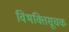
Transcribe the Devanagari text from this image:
विभक्तिसूचक